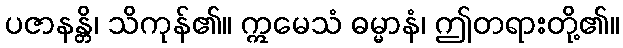
ပဇာနန္တိ၊ သိကုန်၏။ ဣမေသံ ဓမ္မာနံ၊ ဤတရားတို့၏။